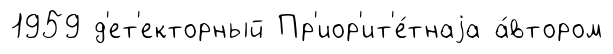
1959 д'ет'екторный Пр'иор'ит'е́тнаjа а́втором